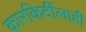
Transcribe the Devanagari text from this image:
कारकिर्दीलाही